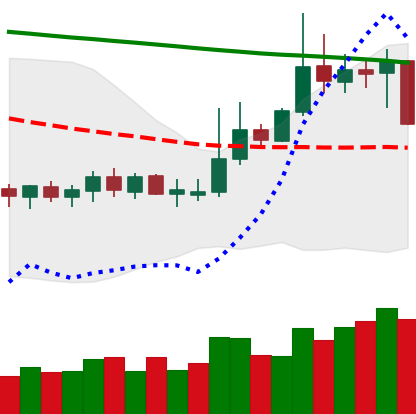
Ticker: DOGE-USD
Chart end date: 2019-10-22
Forward return: 3.47%
Label: up_3_5